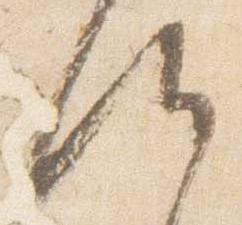
候